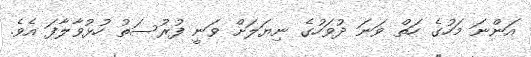
އަންނަ މަހުގެ ހަތް ވަނަ ދުވަހުގެ ނިޔަލަށް ވަނީ ފުރުސަތު ހުޅުވާލާފަ އެވެ.